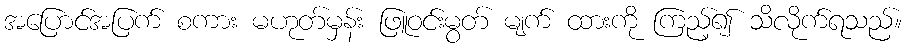
အပြောင်အပြက် စကား မဟုတ်မှန်း ဖြူဝင်းမွတ် မျက် ထားကို ကြည့်၍ သိလိုက်ရသည်။